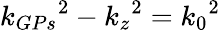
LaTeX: {k_{GPs}}^{2}-{k_{z}}^{2}={k_{0}}^{2}